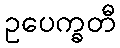
ဥပေက္ခတီ